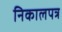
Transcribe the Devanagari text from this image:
निकालपत्र